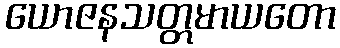
ယောဇနသတ္တမာယတော